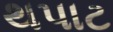
થપાટ